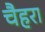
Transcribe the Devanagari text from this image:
चैहरा